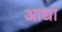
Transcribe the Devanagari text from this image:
आद्यां